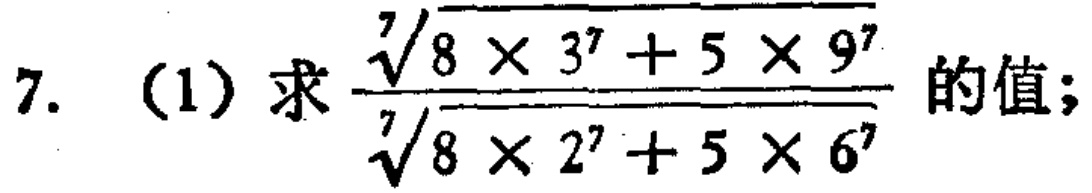
\(7.\ (1)\)求\(\frac{\sqrt[7]{8\times3^{7}+5\times9^{7}}}{\sqrt[7]{8\times2^{7}+5\times6^{7}}}\)的值；